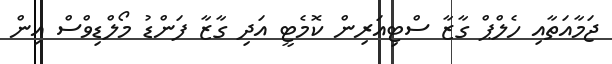
ޖަމާއަތާއި ހެލްޕް ގާޒާ ސްޓިއަރިން ކޮމެޓީ އަދި ގާޒާ ފަންޑު މޯލްޑިވްސް އިން